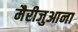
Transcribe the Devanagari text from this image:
मैरीजुआना